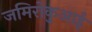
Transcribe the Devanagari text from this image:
जमिरोकुआई